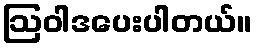
ဩဝါဒပေးပါတယ်။